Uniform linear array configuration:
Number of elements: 16
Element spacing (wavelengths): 1
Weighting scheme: blackman
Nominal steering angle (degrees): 30
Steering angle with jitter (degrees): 29.345
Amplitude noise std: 0.05
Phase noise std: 0.05

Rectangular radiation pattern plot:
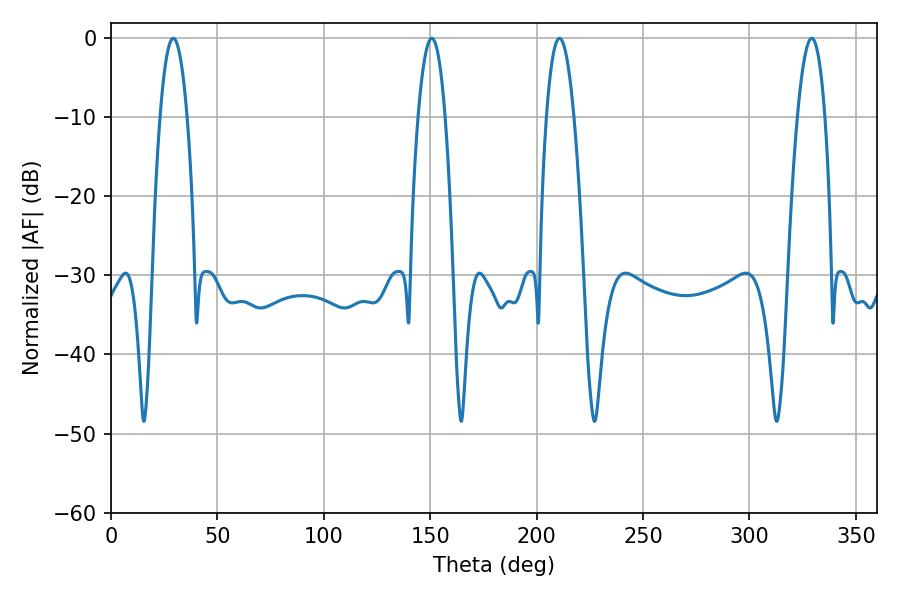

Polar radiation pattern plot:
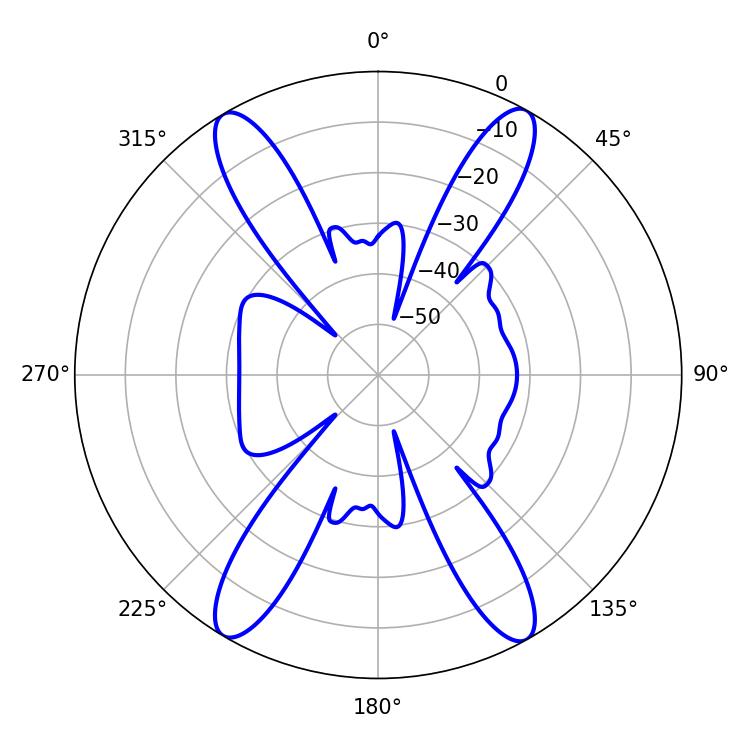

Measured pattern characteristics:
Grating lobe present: TRUE
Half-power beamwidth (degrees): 7.2
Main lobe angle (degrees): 210.78